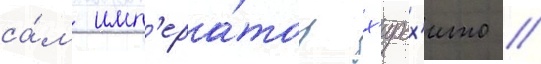
са́м имп'ера́тор х'ирох'ито //